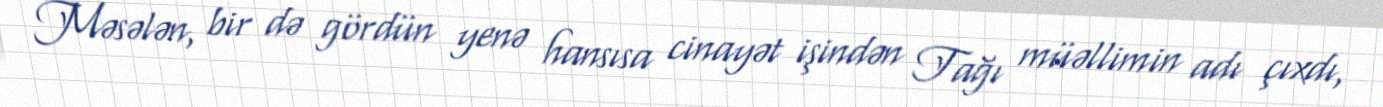
Məsələn, bir də gördün yenə hansısa cinayət işindən Tağı müəllimin adı çıxdı,